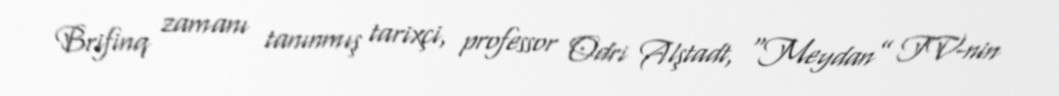
Brifinq zamanı tanınmış tarixçi, professor Odri Alştadt, “Meydan” TV-nin